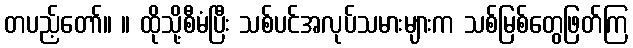
တပည့်တော်။ ။ ထိုသို့စီမံပြီး သစ်ပင်အလုပ်သမားများက သစ်မြစ်တွေဖြတ်ကြ